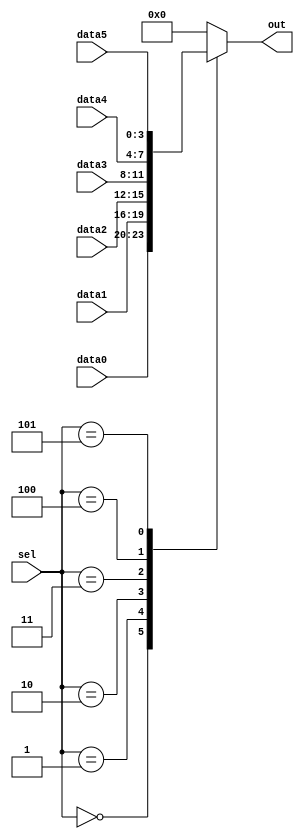
module top_module (
	input [2:0] sel,
	input [3:0] data0,
	input [3:0] data1,
	input [3:0] data2,
	input [3:0] data3,
	input [3:0] data4,
	input [3:0] data5,
	output reg [3:0] out);

	always @(*)
		begin
			case (sel)
				3'd0: out = data0;
				3'd1: out = data1;
				3'd2: out = data2;
				3'd3: out = data3;
				3'd4: out = data4;
				3'd5: out = data5;
				default: out = 0;
			endcase
		end
endmodule